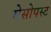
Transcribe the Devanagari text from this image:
मेसोपस्ट